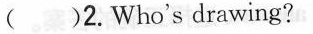
()2.Who's drawing?